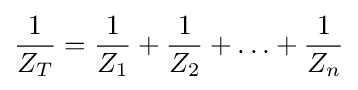
{\frac {1}{Z_{T}}}={\frac {1}{Z_{1}}}+{\frac {1}{Z_{2}}}+\ldots +{\frac {1}{Z_{n}}}